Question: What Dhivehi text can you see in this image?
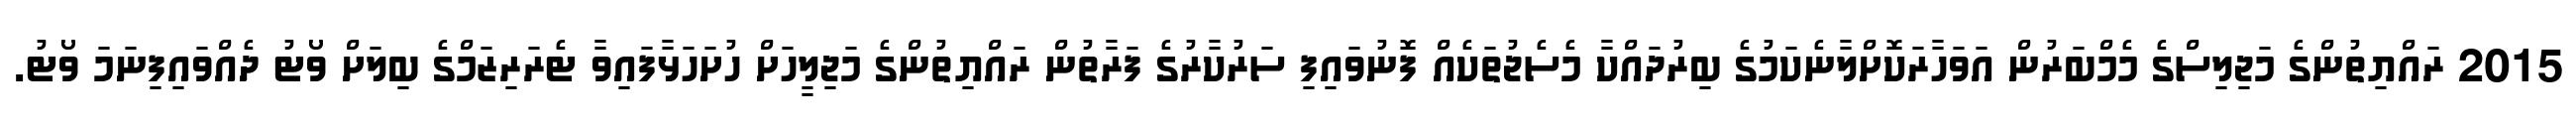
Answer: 2015 ރައްޔިތުންގެ މަޖިލިސްގެ މެމްބަރުން އަވަހާރަކޮށްލާނެކަމުގެ ބިރުދައްކާ މެސެޖުތަކެއް ފޮނުވައިފި ސަރުކާރުގެ ފަރާތުން ރައްޔިތުންގެ މަޖިލީހަށް ހުށަހަޅާފައިވާ ޓެރަރިޒަމްގެ ބިލަށް ވޯޓު ދެއްވައިފިނަމަ ވޯޓު.